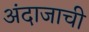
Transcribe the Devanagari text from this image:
अंदाजाची